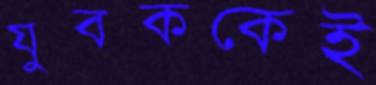
যুবককেই